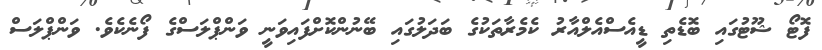
ފޮޓޯ ޝޫޓުގައި ބޮޑެތި ޑީއެސްއެލްއާރު ކެމެރާތަކުގެ ބަދަލުގައި ބޭނުންކޮށްފައިވަނީ ވަންޕްލަސްގެ ފޯނެކެވެ. ވަންޕްލަސް